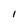
Character: l